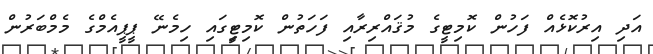
އަދި އިރުކޮޅެއް ފަހުން ކޮމިޓީގެ މުޤައްރިރާއި ފަހަތުން ކޮމިޓީިގައި ހިމެނޭ ޕީޕީއެމްގެ މެމްބަރުން